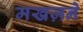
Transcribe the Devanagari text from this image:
मखज़ने